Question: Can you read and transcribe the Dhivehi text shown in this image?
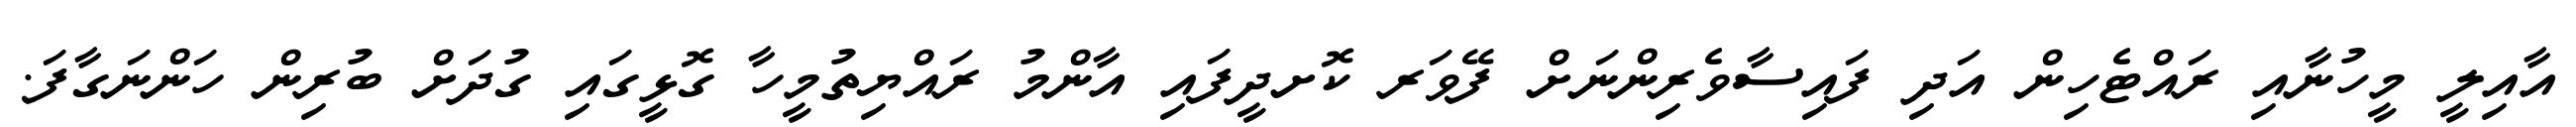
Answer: އާއިލީ މީހުނާއި ރައްޓެހިން އަދި ފައިސާވެރިންނަށް ފޭވަރ ކޮށދީފައި އާންމު ރައްޔިތުމީހާ ގޮޅީގައި ގުދަށް ބުރިން ހަންނަގާފަ.